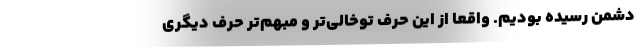
دشمن رسیده بودیم. واقعا از این حرف توخالی‌تر و مبهم‌تر حرف دیگری